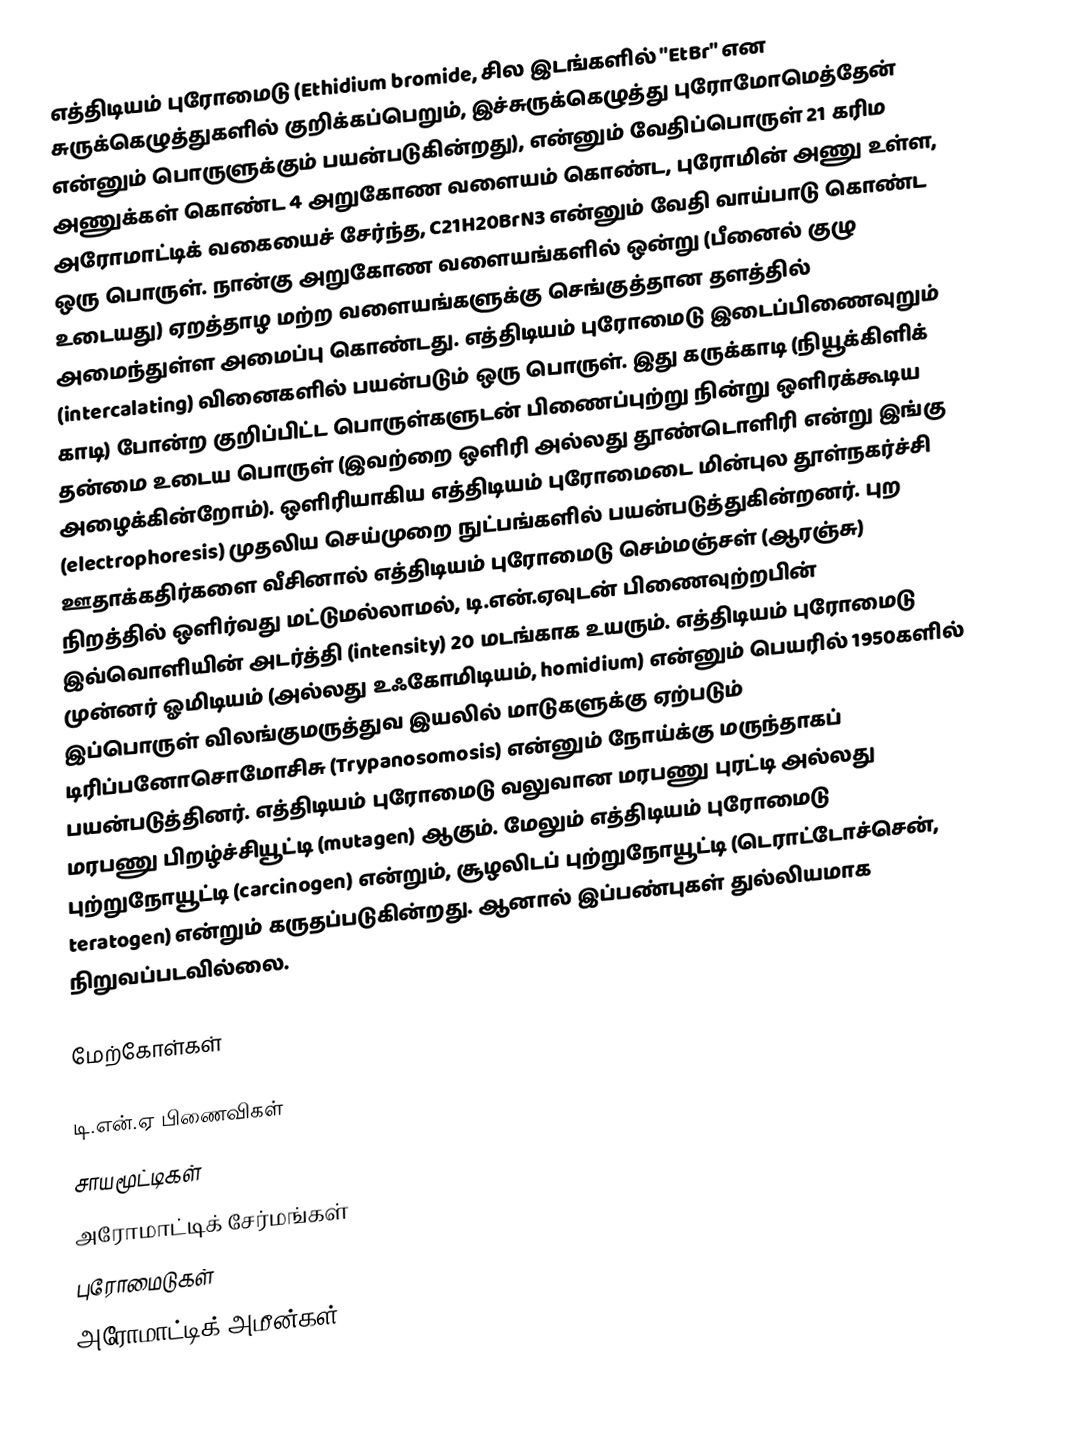
எத்திடியம் புரோமைடு (Ethidium bromide, சில இடங்களில் "EtBr" என சுருக்கெழுத்துகளில் குறிக்கப்பெறும், இச்சுருக்கெழுத்து புரோமோமெத்தேன் என்னும் பொருளுக்கும் பயன்படுகின்றது), என்னும் வேதிப்பொருள் 21 கரிம அணுக்கள் கொண்ட 4 அறுகோண வளையம் கொண்ட, புரோமின் அணு உள்ள, அரோமாட்டிக் வகையைச் சேர்ந்த, C21H20BrN3 என்னும் வேதி வாய்பாடு கொண்ட ஒரு பொருள். நான்கு அறுகோண வளையங்களில் ஒன்று (பீனைல் குழு உடையது) ஏறத்தாழ மற்ற வளையங்களுக்கு செங்குத்தான தளத்தில் அமைந்துள்ள அமைப்பு கொண்டது. எத்திடியம் புரோமைடு இடைப்பிணைவுறும் (intercalating) வினைகளில் பயன்படும் ஒரு பொருள். இது கருக்காடி (நியூக்கிளிக் காடி) போன்ற குறிப்பிட்ட பொருள்களுடன் பிணைப்புற்று நின்று ஒளிரக்கூடிய தன்மை உடைய பொருள் (இவற்றை ஒளிரி அல்லது தூண்டொளிரி என்று இங்கு அழைக்கின்றோம்). ஒளிரியாகிய எத்திடியம் புரோமைடை மின்புல தூள்நகர்ச்சி (electrophoresis) முதலிய செய்முறை நுட்பங்களில் பயன்படுத்துகின்றனர். புற ஊதாக்கதிர்களை வீசினால் எத்திடியம் புரோமைடு செம்மஞ்சள் (ஆரஞ்சு) நிறத்தில் ஒளிர்வது மட்டுமல்லாமல், டி.என்.ஏவுடன் பிணைவுற்றபின் இவ்வொளியின் அடர்த்தி (intensity) 20 மடங்காக உயரும். எத்திடியம் புரோமைடு முன்னர் ஓமிடியம் (அல்லது உஃகோமிடியம், homidium) என்னும் பெயரில் 1950களில் இப்பொருள் விலங்குமருத்துவ இயலில் மாடுகளுக்கு ஏற்படும் டிரிப்பனோசொமோசிசு (Trypanosomosis) என்னும் நோய்க்கு மருந்தாகப் பயன்படுத்தினர். எத்திடியம் புரோமைடு வலுவான மரபணு புரட்டி அல்லது மரபணு பிறழ்ச்சியூட்டி (mutagen) ஆகும். மேலும் எத்திடியம் புரோமைடு புற்றுநோயூட்டி (carcinogen) என்றும், சூழலிடப் புற்றுநோயூட்டி (டெராட்டோச்சென், teratogen) என்றும் கருதப்படுகின்றது. ஆனால் இப்பண்புகள் துல்லியமாக நிறுவப்படவில்லை.

மேற்கோள்கள்

டி.என்.ஏ பிணைவிகள்
சாயமூட்டிகள்
அரோமாட்டிக் சேர்மங்கள்
புரோமைடுகள்
அரோமாட்டிக் அமீன்கள்